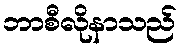
ဘာစီလိုနာသည်